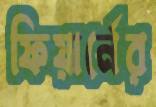
ফিয়ার্নের